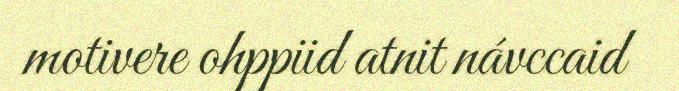
motivere ohppiid atnit návccaid